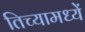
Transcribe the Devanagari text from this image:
तिच्यामध्यें